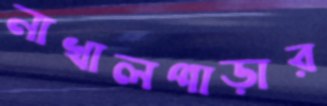
নাখালপাড়ার